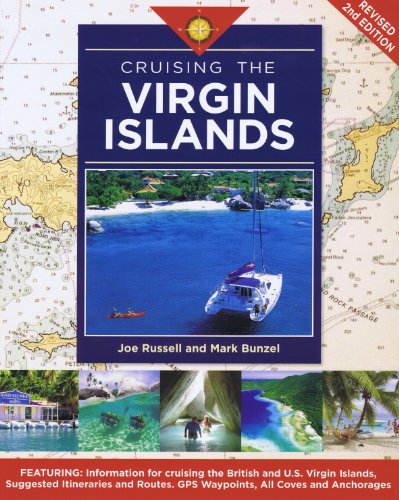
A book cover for Cruising the Virgin Islands; Joe Russell; Travel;